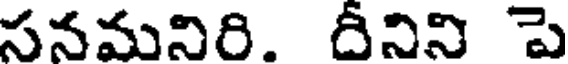
సనమనిరి. దీనిని పె